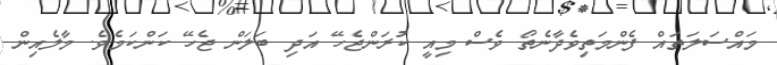
މައްސަލަތައް ފެންމަތިވެދާނެތޯ ވެސް މިއީ ކުރަންޖެހޭ އަދި ބަލަން ޖެހޭ ކަންކަމެވެ. މާލެއިން